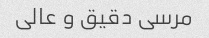
مرسی دقیق و عالی